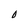
Character: 0